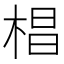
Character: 椙